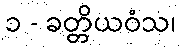
၁ - ခတ္တိယဝံသ၊